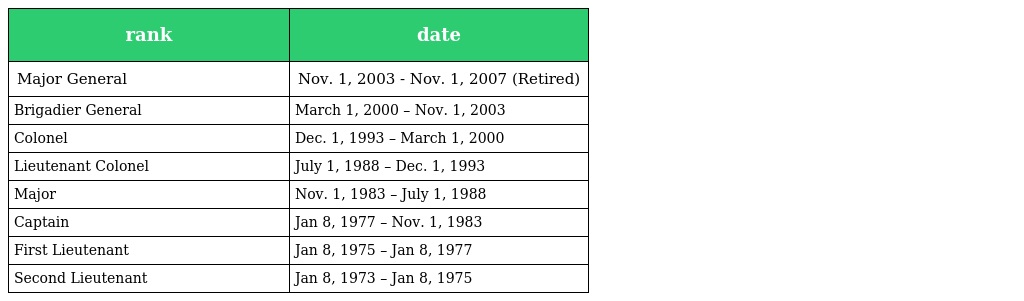
| rank | date |
 | --- | --- |
 | Major General | Nov. 1, 2003 - Nov. 1, 2007 (Retired) |
 | Brigadier General | March 1, 2000 – Nov. 1, 2003 |
 | Colonel | Dec. 1, 1993 – March 1, 2000 |
 | Lieutenant Colonel | July 1, 1988 – Dec. 1, 1993 |
 | Major | Nov. 1, 1983 – July 1, 1988 |
 | Captain | Jan 8, 1977 – Nov. 1, 1983 |
 | First Lieutenant | Jan 8, 1975 – Jan 8, 1977 |
 | Second Lieutenant | Jan 8, 1973 – Jan 8, 1975 |